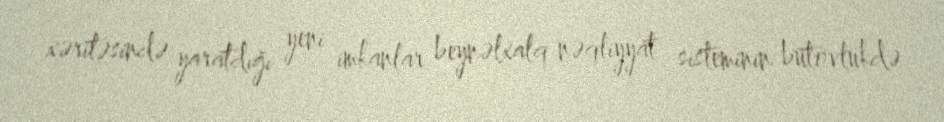
xəritəsində yaratdığı yeni imkanlar beynəlxalq nəqliyyat sisteminin bütövlükdə